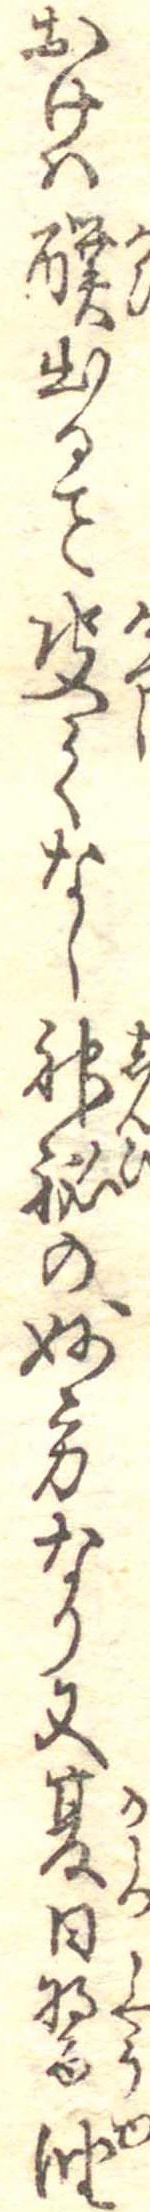
おけは醭出る決てなし神秘の妙方なり又夏日醤油